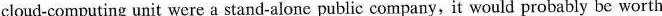
cloud-computing unit were a stand-alonc public conpany, it would probably be worth